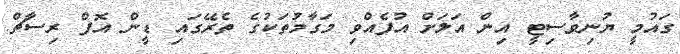
ގައުމީ ޔުނިވާސިޓީ އިން އަލަށް އުފެއްވި މަގާމުތަކުގެ ތެރޭގައި ޑީން އޮފް ރިސާޗް